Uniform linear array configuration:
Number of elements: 16
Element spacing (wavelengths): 0.25
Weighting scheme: exponential
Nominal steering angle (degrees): -15
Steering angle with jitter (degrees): -15.51
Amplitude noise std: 0.05
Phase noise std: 0.05

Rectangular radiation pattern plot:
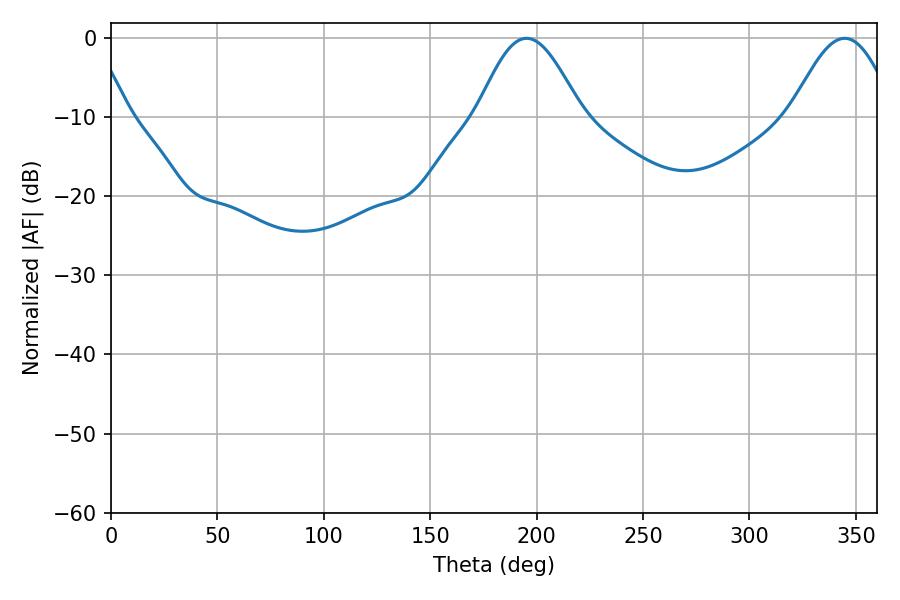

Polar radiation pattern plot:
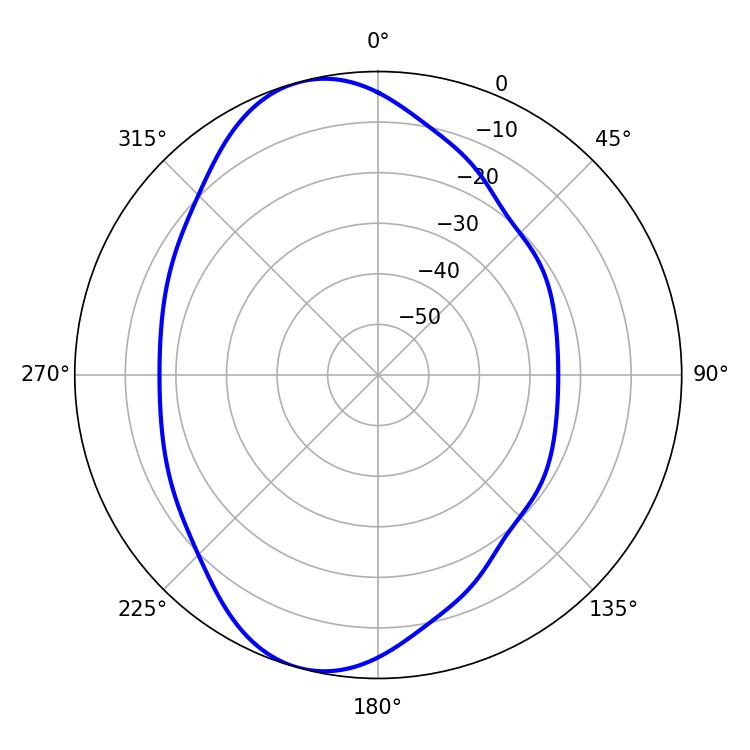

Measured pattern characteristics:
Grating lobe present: FALSE
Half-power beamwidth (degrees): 26.1
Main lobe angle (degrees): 195.3